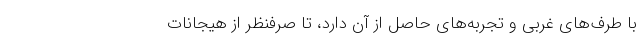
با طرف‌های غربی و تجربه‌های حاصل از آن دارد، تا صرفنظر از هیجانات